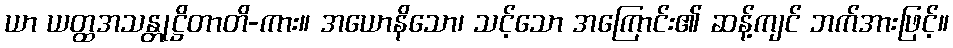
ယာ ယတ္ထအသန္တုဋ္ဌိတာတိ-ကား။ အယောနိသော၊ သင့်သော အကြောင်း၏ ဆန့်ကျင် ဘက်အားဖြင့်။